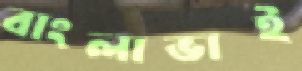
বাংলাভাই